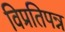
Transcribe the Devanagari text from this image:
विप्रतिपन्न